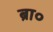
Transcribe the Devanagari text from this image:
ब्रा०